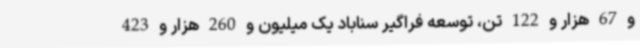
و 67 هزار و 122 تن، توسعه فراگیر سناباد یک میلیون و 260 هزار و 423